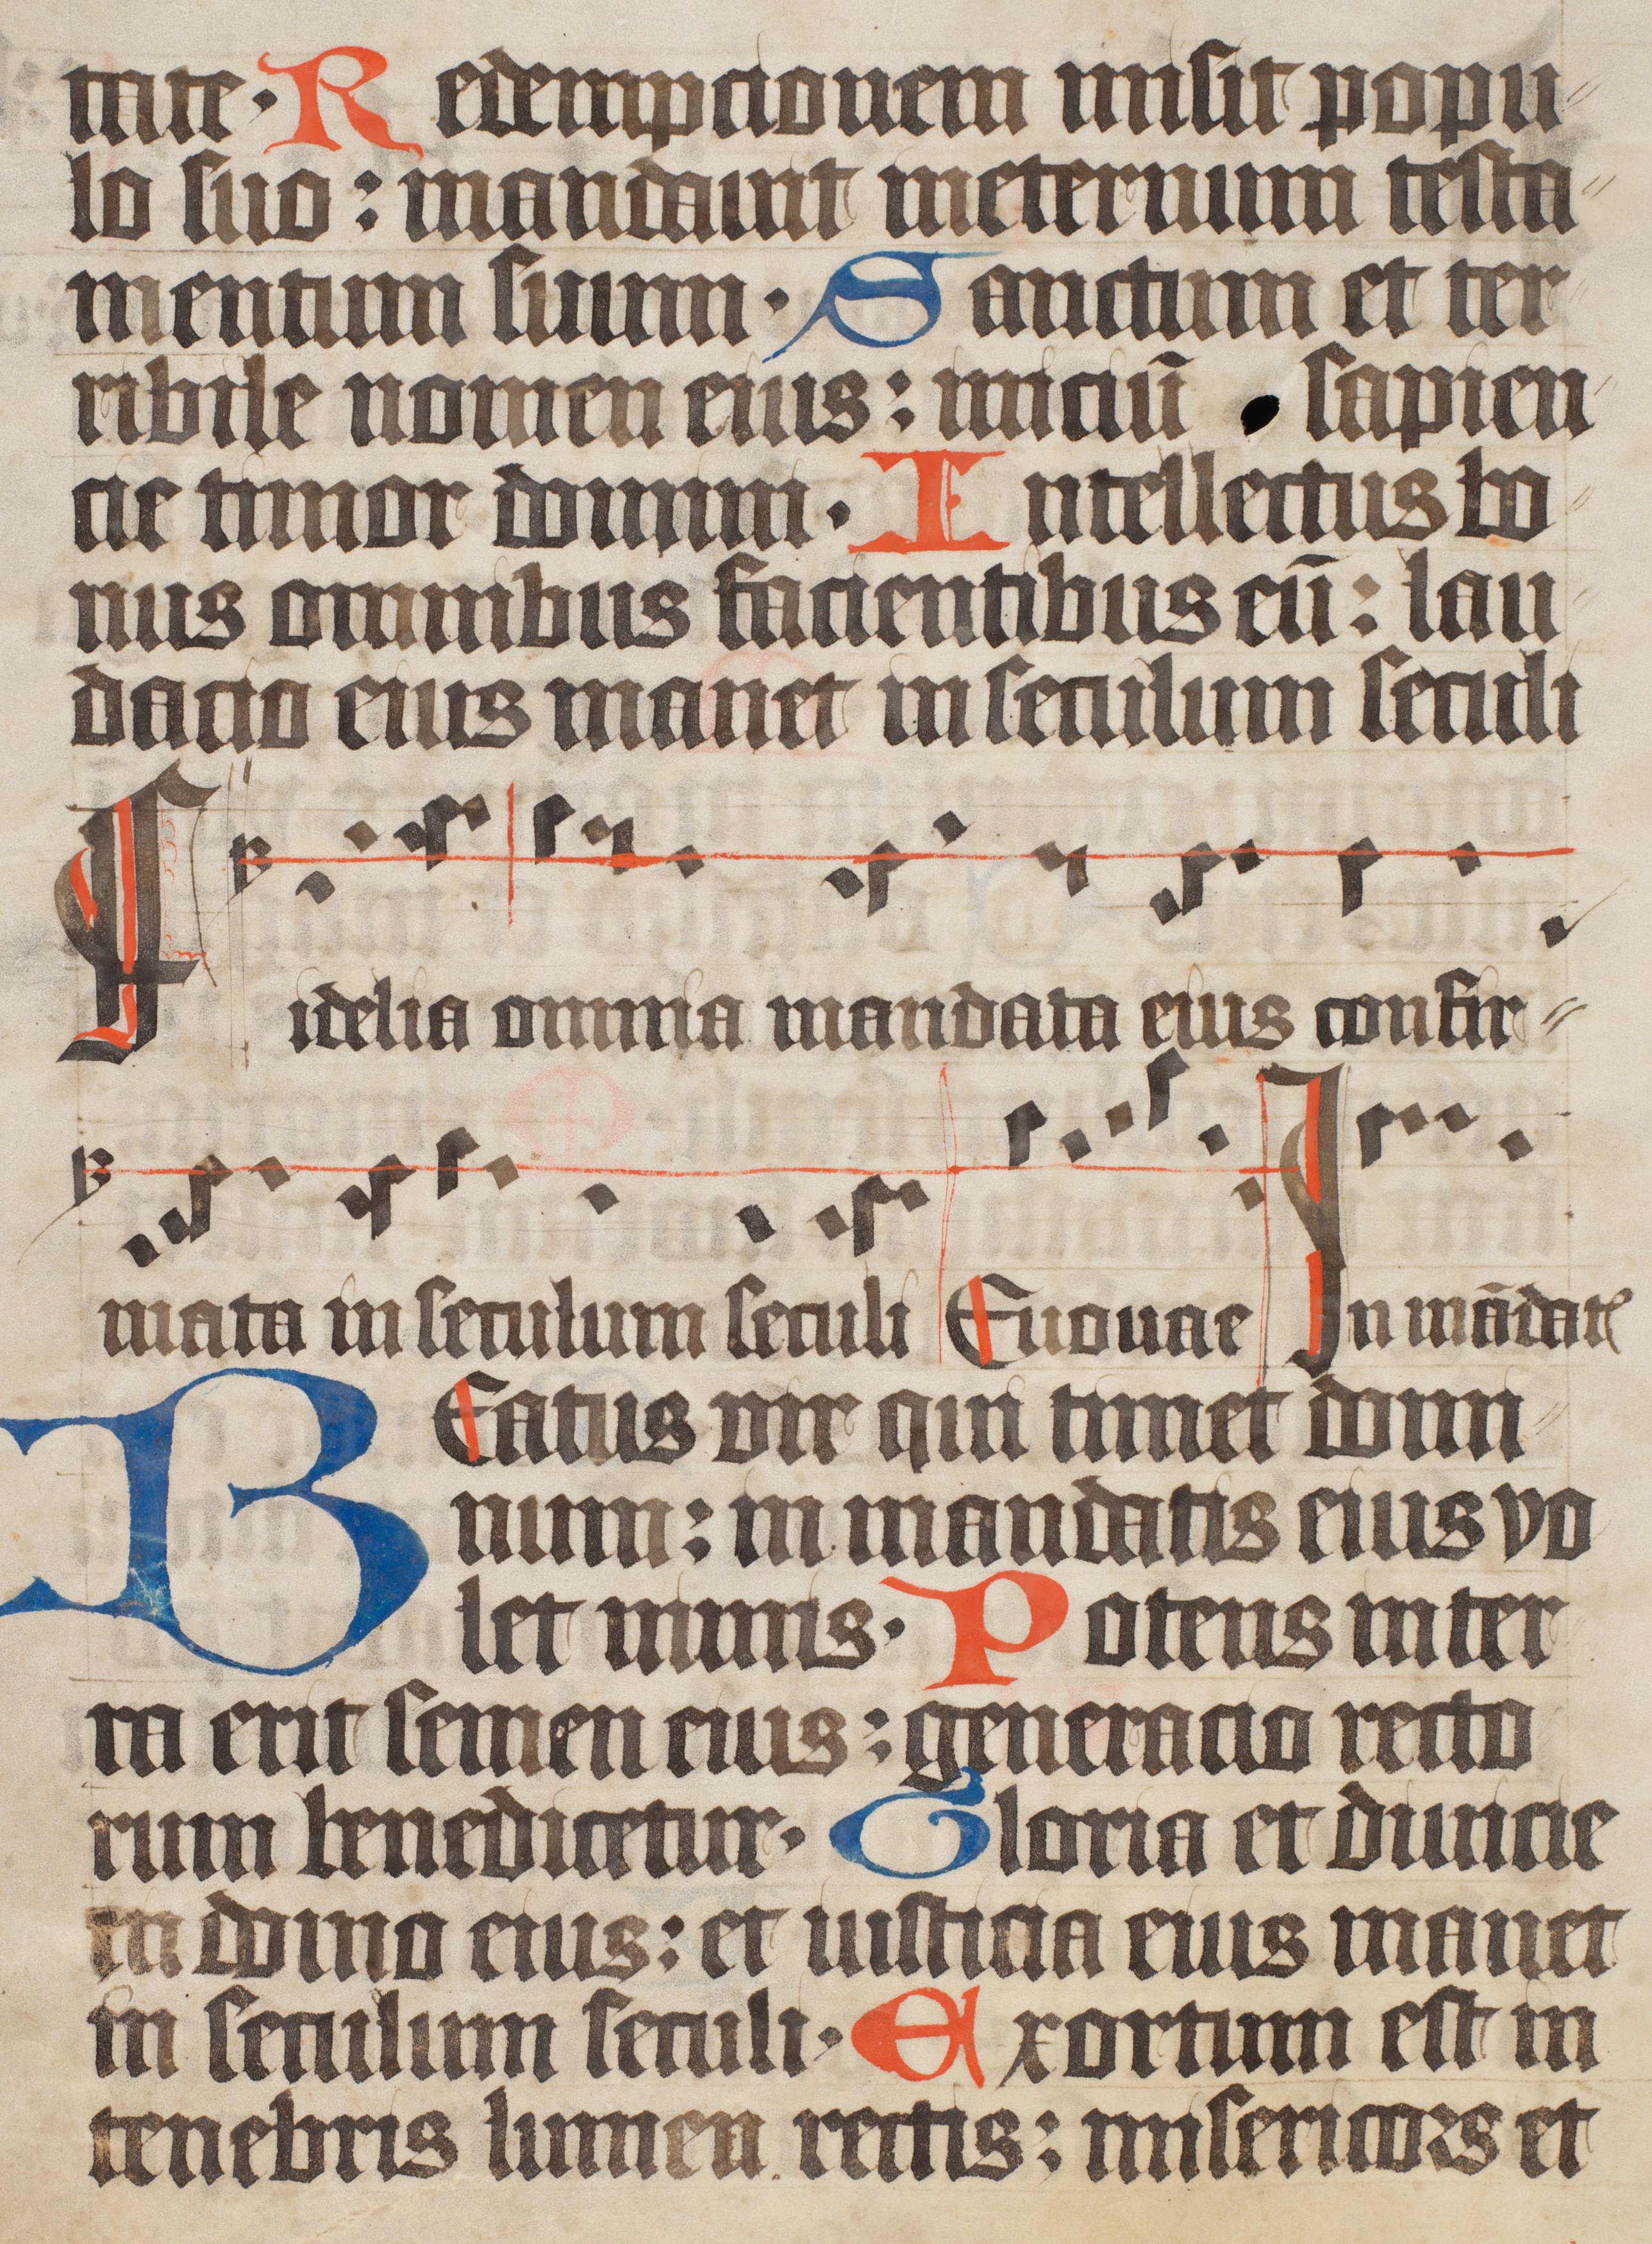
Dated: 1400–1499